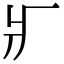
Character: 𤕫